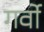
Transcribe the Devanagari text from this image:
गर्वो